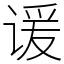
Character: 谖